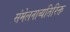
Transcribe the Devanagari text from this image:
संमेलनाव्यतिरिक्त